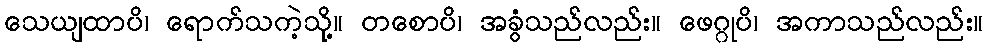
သေယျထာပိ၊ ရောက်သကဲ့သို့။ တစောပိ၊ အခွံသည်လည်း။ ဖေဂ္ဂုပိ၊ အကာသည်လည်း။